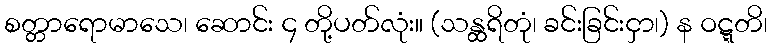
စတ္တာရောမာသေ၊ ဆောင်း ၄ တို့ပတ်လုံး။ (သန္ထရိတုံ၊ ခင်းခြင်းငှာ၊) န ဝဋ္ဋတိ၊